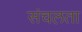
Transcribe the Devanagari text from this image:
संचलता